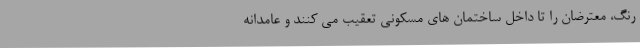
رنگ، معترضان را تا داخل ساختمان های مسکونی تعقیب می کنند و عامدانه